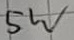
Text: 5W